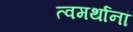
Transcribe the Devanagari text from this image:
त्वमर्थानां